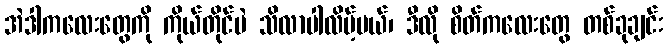
အဲဒါကလေးတွေကို ကိုယ်တိုင်ပဲ သိလာပါလိမ့်မယ်၊ ဒီလို စိတ်ကလေးတွေ တစ်ခုချင်း